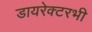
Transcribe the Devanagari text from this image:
डायरेक्टरभी